Indian Medical Review
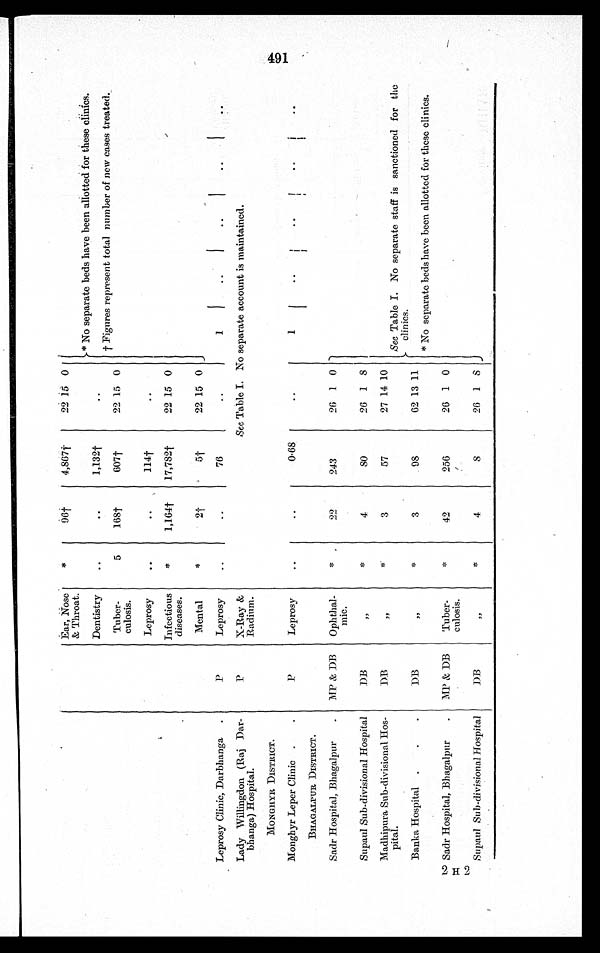
Ear, Nose
& Throat.
*
9 6 †
4,867†
22 15 0
* No separate beds have been allotted for these clinics.
† Figures represent total number of new cases treated.
Dentistry
..
..
1,132†
..
Tuber-
culosis.
5
168†
607†
22 15 0
Leprosy
..
..
114†
..
Infectious
diseases.
* 1,164†
17,782†
22 15 0
Mental
*
2 †
5 †
22 15 0
Leprosy Clinic, Darbhanga .
P
Leprosy
..
..
76
..
1
..
. . . .
. . . .
. .
Lady Willingdon (Raj Dar-
bhanga) Hospital.
P
X-Ray &
Radium.
See Table I. No separate account is maintained.
MONGHYR DISTRICT.
Monghyr Leper Clinic .
.
P
Leprosy
..
..
0.68
..
1
..
..
..
. .
BHAGALPUR DISTRICT.
Sadr Hospital, Bhagalpur
. MP & DB Ophthal-
mic.
* 22
243
26 1 0
Sec Table I. No separate staff is sanctioned for the
clinics.
* No separate beds have been allotted for these clinics.
Supaul Sub-divisional Hospital
DB
,,
* ,
4
8 0
26 1 8
Madhipura Sub-divisional Hos-
pital.
D B
„
,
*
3
57
27 14 10
Banka Hospital .
.
.
DB
„
*
3
9 8
62 13 11
Sadr Hospital, Bhagalpur
.
MP & DB
Tuber-
culosis.
*
42
256
26 1 0
Supaul Sub-divisional Hospital
DB
„
*
4
8
26 1 8